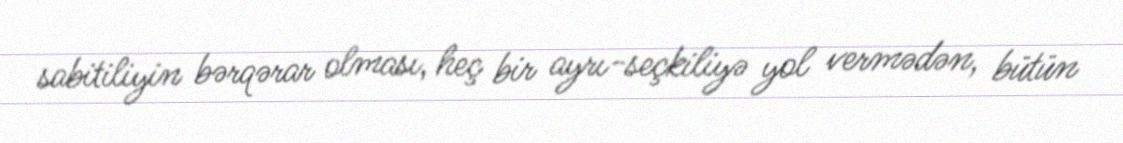
sabitiliyin bərqərar olması, heç bir ayrı-seçkiliyə yol vermədən, bütün